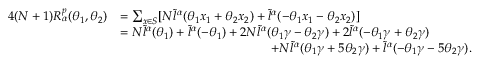
\begin{array} { r l } { 4 ( N + 1 ) R _ { \alpha } ^ { p } ( \theta _ { 1 } , \theta _ { 2 } ) } & { = \sum _ { x \in S } [ N \tilde { l } ^ { \alpha } ( \theta _ { 1 } x _ { 1 } + \theta _ { 2 } x _ { 2 } ) + \tilde { l } ^ { \alpha } ( - \theta _ { 1 } x _ { 1 } - \theta _ { 2 } x _ { 2 } ) ] } \\ & { = N \tilde { l } ^ { \alpha } ( \theta _ { 1 } ) + \tilde { l } ^ { \alpha } ( - \theta _ { 1 } ) + 2 N \tilde { l } ^ { \alpha } ( \theta _ { 1 } \gamma - \theta _ { 2 } \gamma ) + 2 \tilde { l } ^ { \alpha } ( - \theta _ { 1 } \gamma + \theta _ { 2 } \gamma ) } \\ & { \quad \quad \quad \quad \quad \quad \quad \quad \quad \quad \quad \quad + N \tilde { l } ^ { \alpha } ( \theta _ { 1 } \gamma + 5 \theta _ { 2 } \gamma ) + \tilde { l } ^ { \alpha } ( - \theta _ { 1 } \gamma - 5 \theta _ { 2 } \gamma ) . } \end{array}